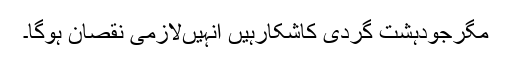
مگرجودہشت گردی کاشکارہیں انہیںلازمی نقصان ہوگا۔